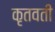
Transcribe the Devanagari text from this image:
कृतवती